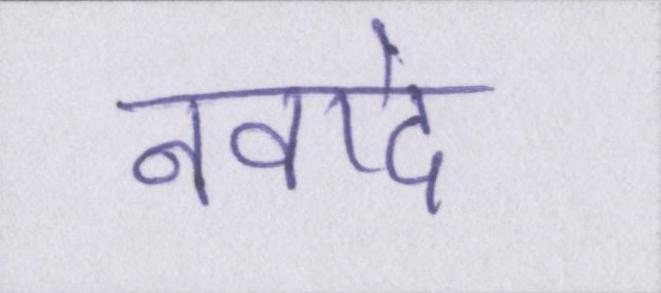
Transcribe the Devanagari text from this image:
नवादे